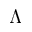
\Lambda